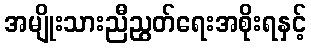
အမျိုးသားညီညွတ်ရေးအစိုးရနှင့်